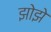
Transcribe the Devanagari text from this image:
झोझे